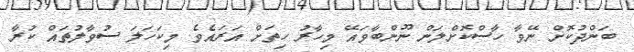
ބަންދުކޮށް ނޭވާ ހާސްކޮށްލަން ނޫންބާވައޭ މިހާރު ހިތަށް އަރައެވެ. މިކަހަލަ ސުވާލުތައް ކުރާ